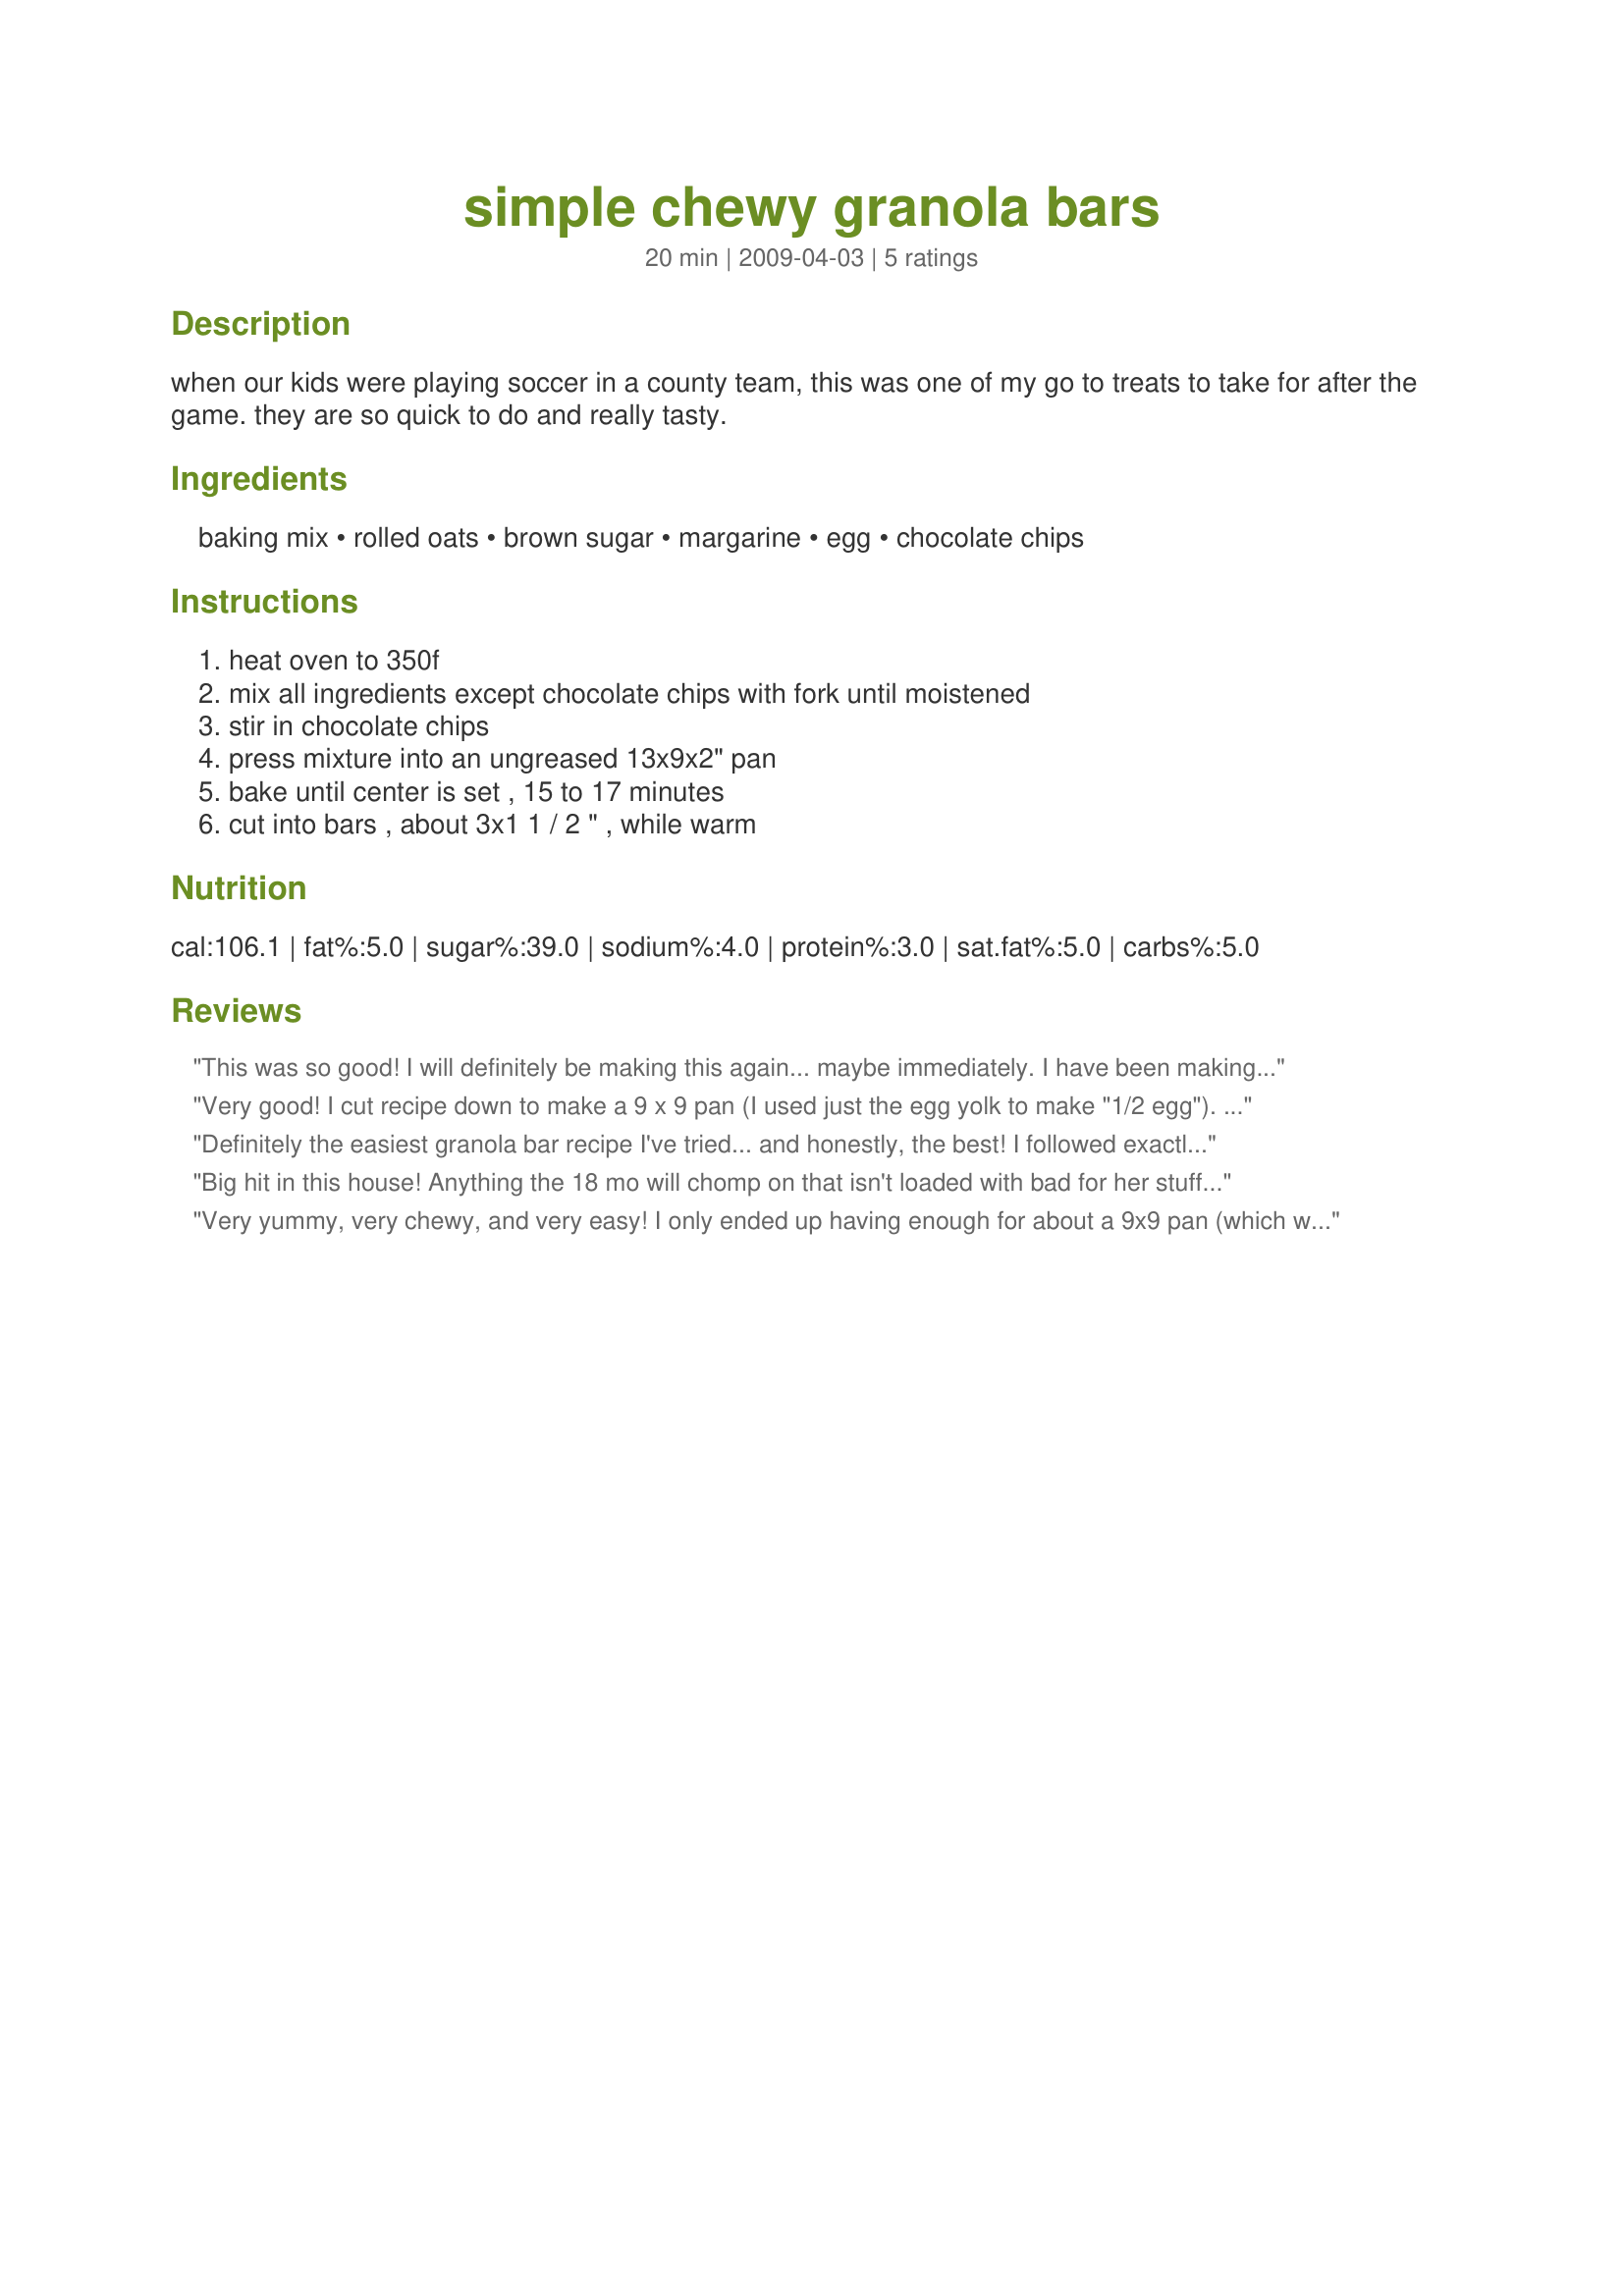
simple chewy granola bars
Preparation time: 20 minutes

when our kids were playing soccer in a county team, this was one of my go to treats to take for after the game. they are so quick to do and really tasty.

Ingredients:
baking mix, rolled oats, brown sugar, margarine, egg, chocolate chips

Steps:
heat oven to 350f, mix all ingredients except chocolate chips with fork until moistened, stir in chocolate chips, press mixture into an ungreased 13x9x2" pan, bake until center is set , 15 to 17 minutes, cut into bars , about 3x1 1 / 2 " , while warm

Reviews:
This was so good! I will definitely be making this again... maybe immediately. I have been making my own granola for some time now...this is the best one for my needs. I am a dancer, and need something to get me through hours of rehearsal... that I can eat quickly and gives me energy. This was the easiest, quickest, I had everything already in stock, and delicious! I cheated a little bit, I added some salt, a drop of vanilla, and more chocolate chips/peanut chips than the recipe called for (I just can&#039;t help myself)... next batch will be healthy and have some fruits and nuts and stuff.. maybe! I can&#039;t wait to try different combinations. Thank you Tootsie for the great recipe!
Very good! I cut recipe down to make a 9 x 9 pan (I used just the egg yolk to make "1/2 egg"). I used chocolate chips, but will try dried cranberries next time. Great sweet treat that isn't too high in anything. Made for Fall 2011 PAC game.
Definitely the easiest granola bar recipe I've tried... and honestly, the best! I followed exactly.... my oven also took about 20 minutes. I might also try with craisins or PB chips next time -- thanks so much for sharing, it's a keeper!
Big hit in this house! Anything the 18 mo will chomp on that isn't loaded with bad for her stuff is good enough for me. I used craisins in place of the chocolate chips, and since all I have is a lousy airbake pan, this took about 21 minutes to be all the way done in my oven. I lined the pan with parchment and slid these out onto a board to cut. I think 27 is the perfect amount to cut this into as well... Not too small and not too large. Thanks for sharing!
Very yummy, very chewy, and very easy! I only ended up having enough for about a 9x9 pan (which was already occupied) so I just spread it out on my bigger pan, but it turned out just fine. I also added more chocolate chips (I can never have enough chocolate). I will be making this again! :)
